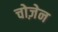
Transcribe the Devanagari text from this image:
चोज़ेन